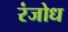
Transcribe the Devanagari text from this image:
रंजोध